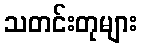
သတင်းတုများ